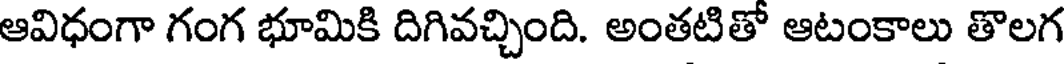
ఆవిధంగా గంగ భూమికి దిగివచ్చింది. అంతటితో ఆటంకాలు తొలగ